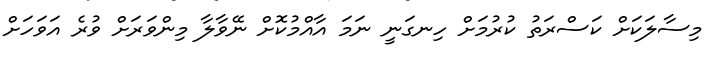
މިސާލަކަށް ކަސްރަތު ކުރުމަށް ހިނގަނީ ނަމަ އާއްމުކޮށް ނޭވާލާ މިންވަރަށް ވުރެ އަވަހަށް